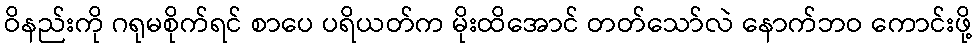
ဝိနည်းကို ဂရုမစိုက်ရင် စာပေ ပရိယတ်က မိုးထိအောင် တတ်သော်လဲ နောက်ဘဝ ကောင်းဖို့